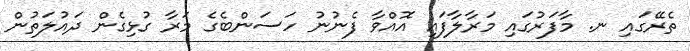
ތެރޭގައި ނ. މާފަރުގައި މަރާލާފައި އޮއްވާ ފެނުނު ހަސަންބެގެ މަރާ ގުޅިގެން ދައުލަތުން